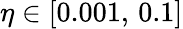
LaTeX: \eta\in[0.001,\, 0.1]